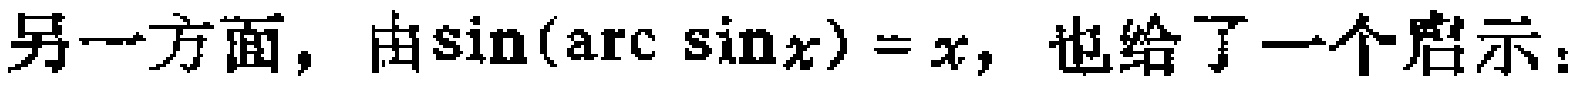
另一方面，由\(\sin(\arcsin x)=x\)，也给了一个启示：